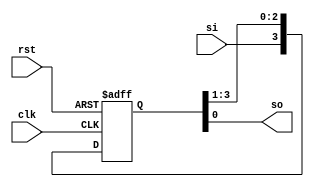
module siso(si,clk,rst,so);
  input si,clk,rst;
  output so;
  reg [3:0]q;
  
  always @(posedge clk,posedge rst)
  begin
    if(rst) q<=4'b0;
    else
      begin
        q<= q>>1;
        q[3]<=si;
      end
  end
  assign so=q[0];
endmodule

module siso_tb;
  reg si,clk,rst;
  wire so;
  siso s1(si,clk,rst,so);
  
  always
  #5 clk=~clk;
  
  initial
  begin
  si=0;clk=0;rst=1;#10;
  rst=0;
  
  si=1;#10;
  si=0;#10;
  si=1;#10;
  si=0;#10;
  si=0;#10;
  si=1;#10;
end
endmodule